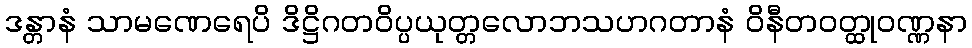
ဒန္တာနံ သာမဏေရေပိ ဒိဋ္ဌိဂတဝိပ္ပယုတ္တလောဘသဟဂတာနံ ဝိနီတဝတ္ထုဝဏ္ဏနာ